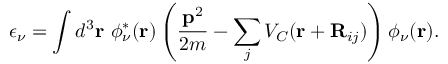
\epsilon _ { \nu } = \int d ^ { 3 } { \bf r } ~ \phi _ { \nu } ^ { \ast } ( { \bf r } ) \left( \frac { { \bf p } ^ { 2 } } { 2 m } - \sum _ { j } V _ { C } ( { \bf r } + { \bf R } _ { i j } ) \right) \phi _ { \nu } ( { \bf r } ) .